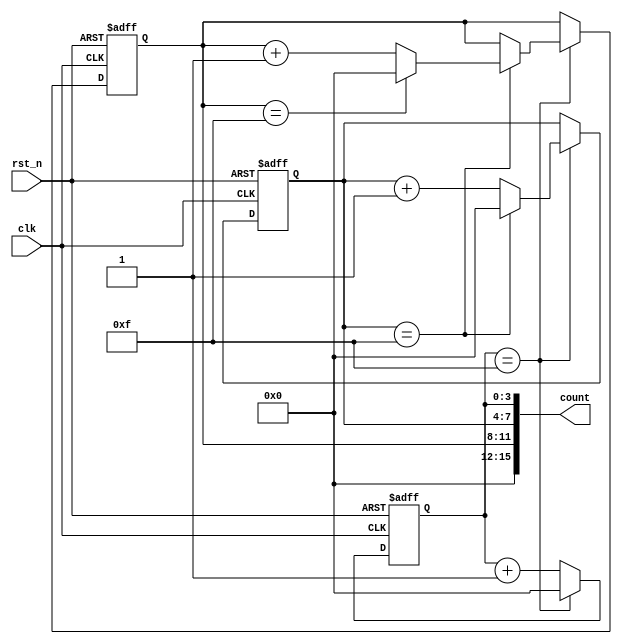
module CascadedCounter (
    input clk, // Clock input
    input rst_n, // Active low reset input
    output reg [15:0] count // 16-bit count output
);

reg [3:0] counter1, counter2, counter3; // Individual counters in the cascade

always @(posedge clk or negedge rst_n) begin
    if (~rst_n) begin
        counter1 <= 4'b0000;
        counter2 <= 4'b0000;
        counter3 <= 4'b0000;
    end else begin
        if (counter1 == 4'b1111) begin
            counter1 <= 4'b0000;
            if (counter2 == 4'b1111) begin
                counter2 <= 4'b0000;
                if (counter3 == 4'b1111) begin
                    counter3 <= 4'b0000;
                end else begin
                    counter3 <= counter3 + 1;
                end
            end else begin
                counter2 <= counter2 + 1;
            end
        end else begin
            counter1 <= counter1 + 1;
        end
    end
end

assign count = {counter3, counter2, counter1}; // Output the concatenated count value

endmodule